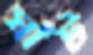
ঘাঁট